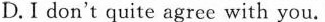
D.I don't quite agree with you.